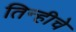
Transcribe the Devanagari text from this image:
तिन्हीचे